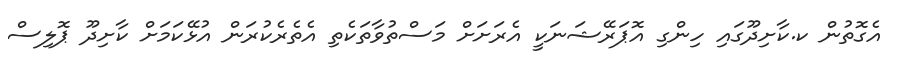
އެގޮތުން ކ.ކާށިދޫގައި ހިންގި އޮޕަރޭޝަނަކީ އެރަށަށް މަސްތުވާތަކެތި އެތެރެކުރަން އުޅޭކަމަށް ކާށިދޫ ޕޮލިސް